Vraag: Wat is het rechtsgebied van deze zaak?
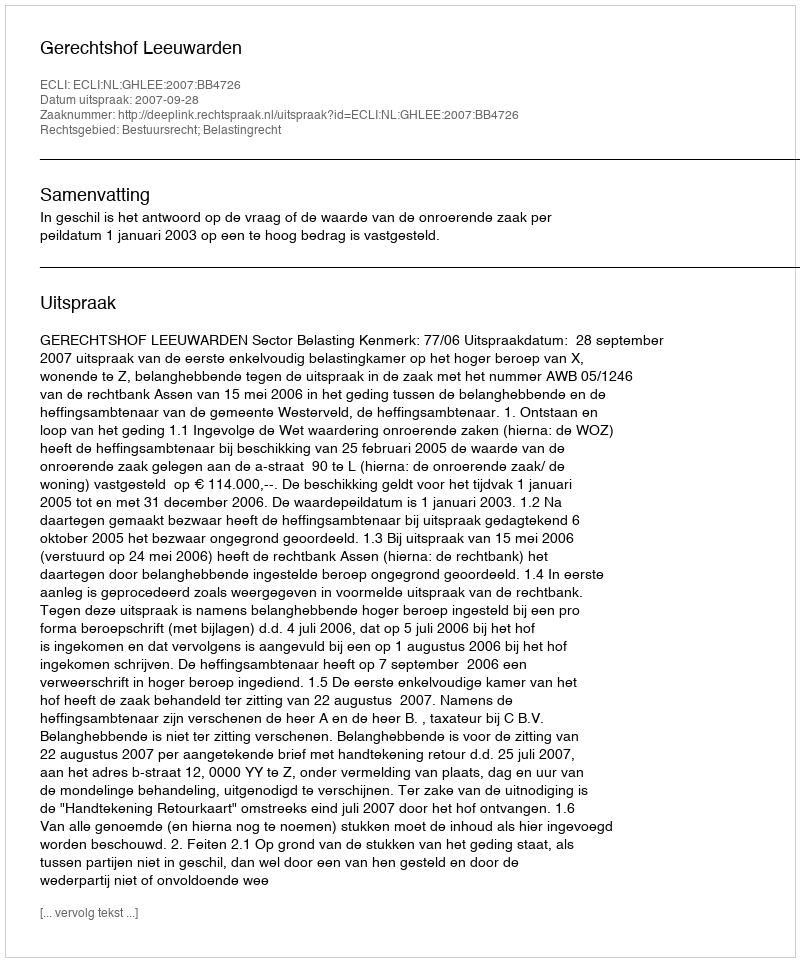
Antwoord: Bestuursrecht; Belastingrecht